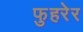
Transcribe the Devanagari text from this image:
फुहरेर